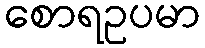
စောရဥပမာ